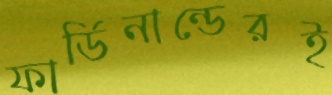
ফার্ডিনান্ডেরই